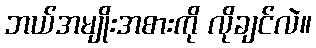
ဘယ်အမျိုးအစားကို လိုချင်လဲ။